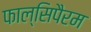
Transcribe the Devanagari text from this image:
फाल्सिपैरम